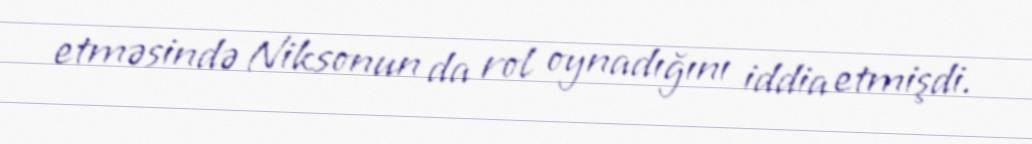
etməsində Niksonun da rol oynadığını iddia etmişdi.